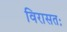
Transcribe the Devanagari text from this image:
विरासतः